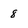
Character: 8